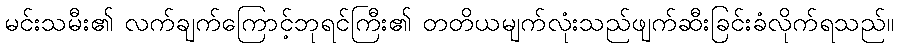
မင်းသမီး၏ လက်ချက်ကြောင့်ဘုရင်ကြီး၏ တတိယမျက်လုံးသည်ဖျက်ဆီးခြင်းခံလိုက်ရသည်။